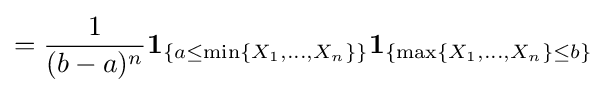
={\frac {1}{(b-a)^{n}}}\mathbf {1} _{\{a\leq \min\{X_{1},\dots ,X_{n}\}\}}\mathbf {1} _{\{\max\{X_{1},\dots ,X_{n}\}\leq b\}}